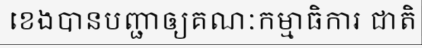
ខេងបានបញ្ជាឲ្យគណៈកម្មាធិការ ជាតិ